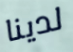
لدينا